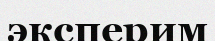
эксперим